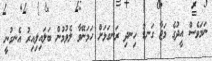
ނަމަވެސް އީދުގެ މަޖާ ގަނޑު ހިނދި ރަނގަޅަށް ހަމަނޭވާ ލެވުމުން ބަލައިލިއިރު އެނގުނީ